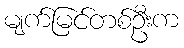
မျက်မြင်တစ်ဦးက